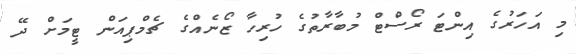
މި އަހަރުގެ އިންޓަ ރޯސްޓް މުބާރާތުގެ ހުރިހާ ޒޯނެއްގެ ޗެމްޕިއަން ޓީމަށް ދޭ